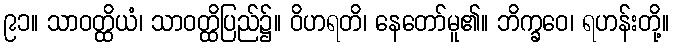
၉၁။ သာဝတ္ထိယံ၊ သာဝတ္ထိပြည်၌။ ဝိဟရတိ၊ နေတော်မူ၏။ ဘိက္ခဝေ၊ ရဟန်းတို့။